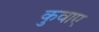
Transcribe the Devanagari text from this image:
कुवाए